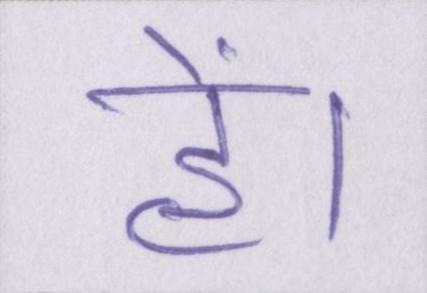
हें।